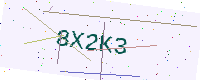
Text: 8X2K3